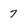
Character: 7